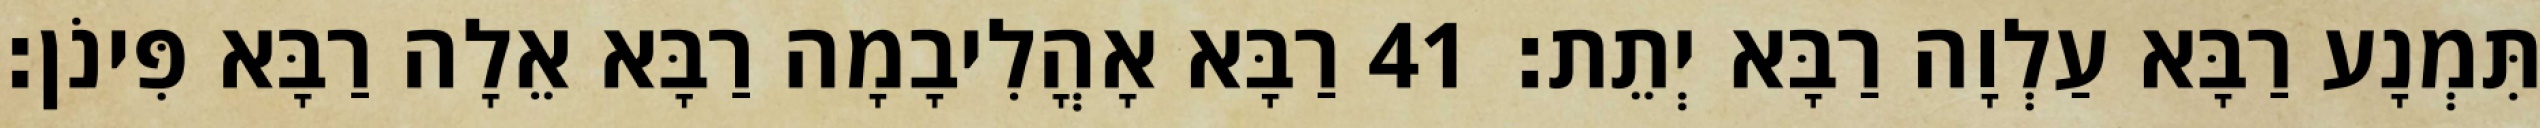
תִּמְנָע רַבָּא עַלְוָה רַבָּא יְתֵת׃ 41 רַבָּא אָהֳלִיבָמָה רַבָּא אֵלָה רַבָּא פִּינֹן׃